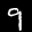
Label: 9